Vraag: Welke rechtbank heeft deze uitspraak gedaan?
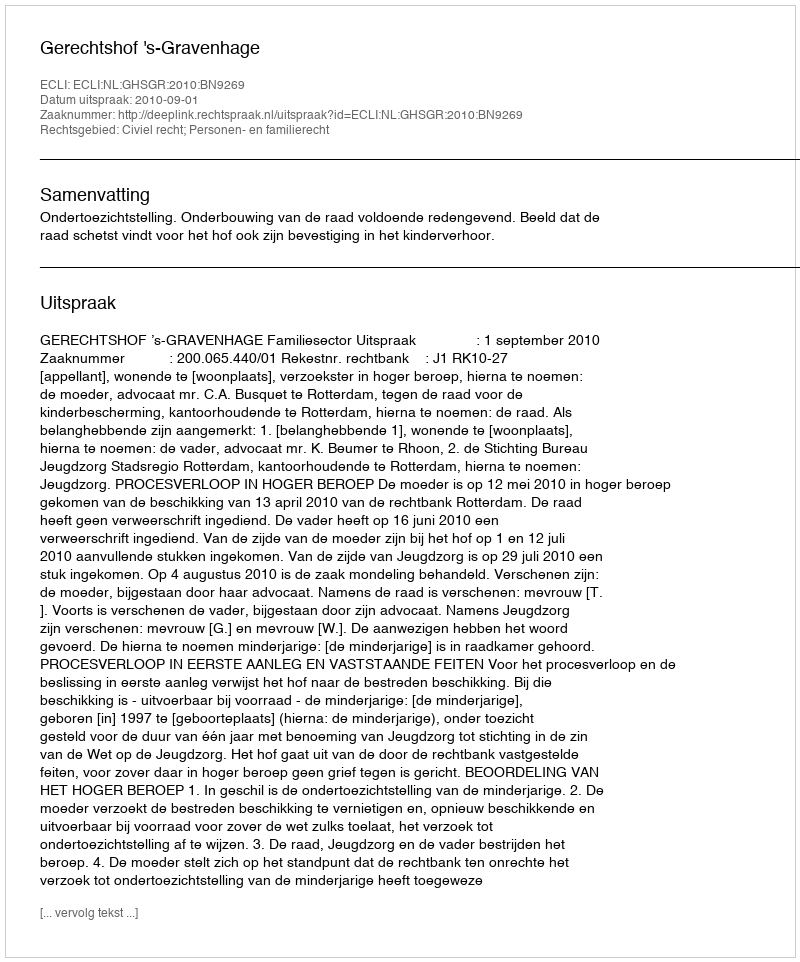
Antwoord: Gerechtshof 's-Gravenhage